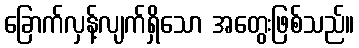
ခြောက်လှန့်လျက်ရှိသော အတွေးဖြစ်သည်။